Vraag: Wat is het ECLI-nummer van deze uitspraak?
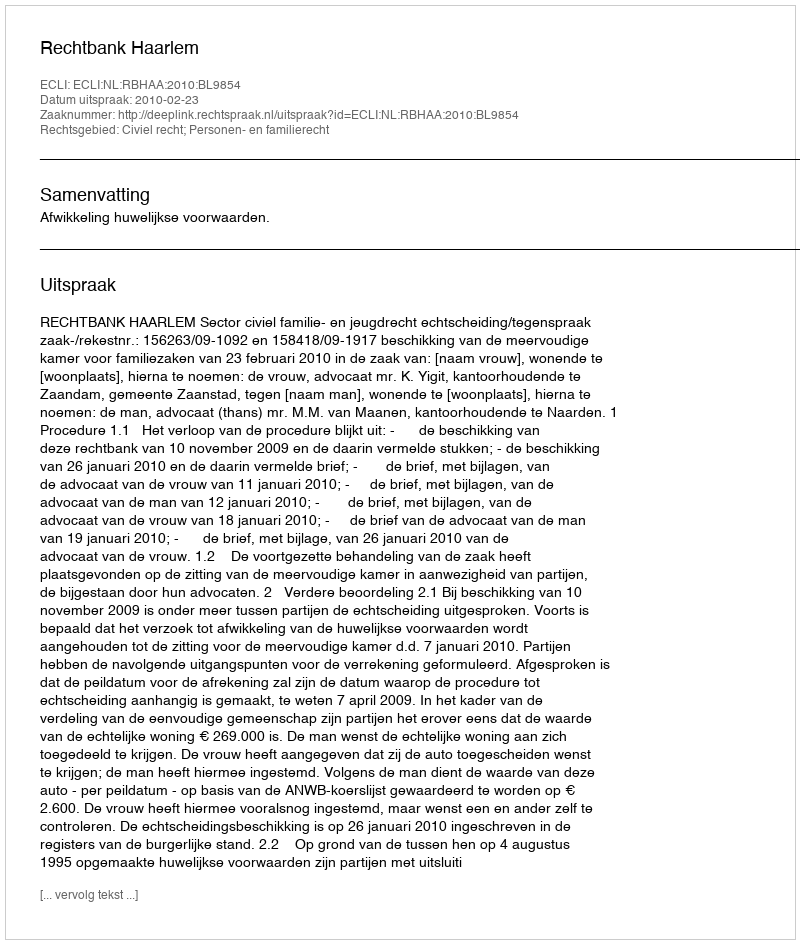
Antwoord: ECLI:NL:RBHAA:2010:BL9854